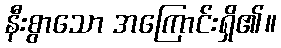
နီးစွာသော အကြောင်းရှိ၏။